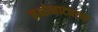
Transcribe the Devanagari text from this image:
नभोनाट्याचा